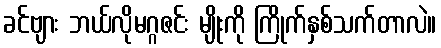
ခင်ဗျား ဘယ်လိုမဂ္ဂဇင်း မျိုးကို ကြိုက်နှစ်သက်တာလဲ။